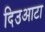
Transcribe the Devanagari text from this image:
दिउआटा